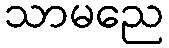
သာမညေ